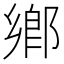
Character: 鄕